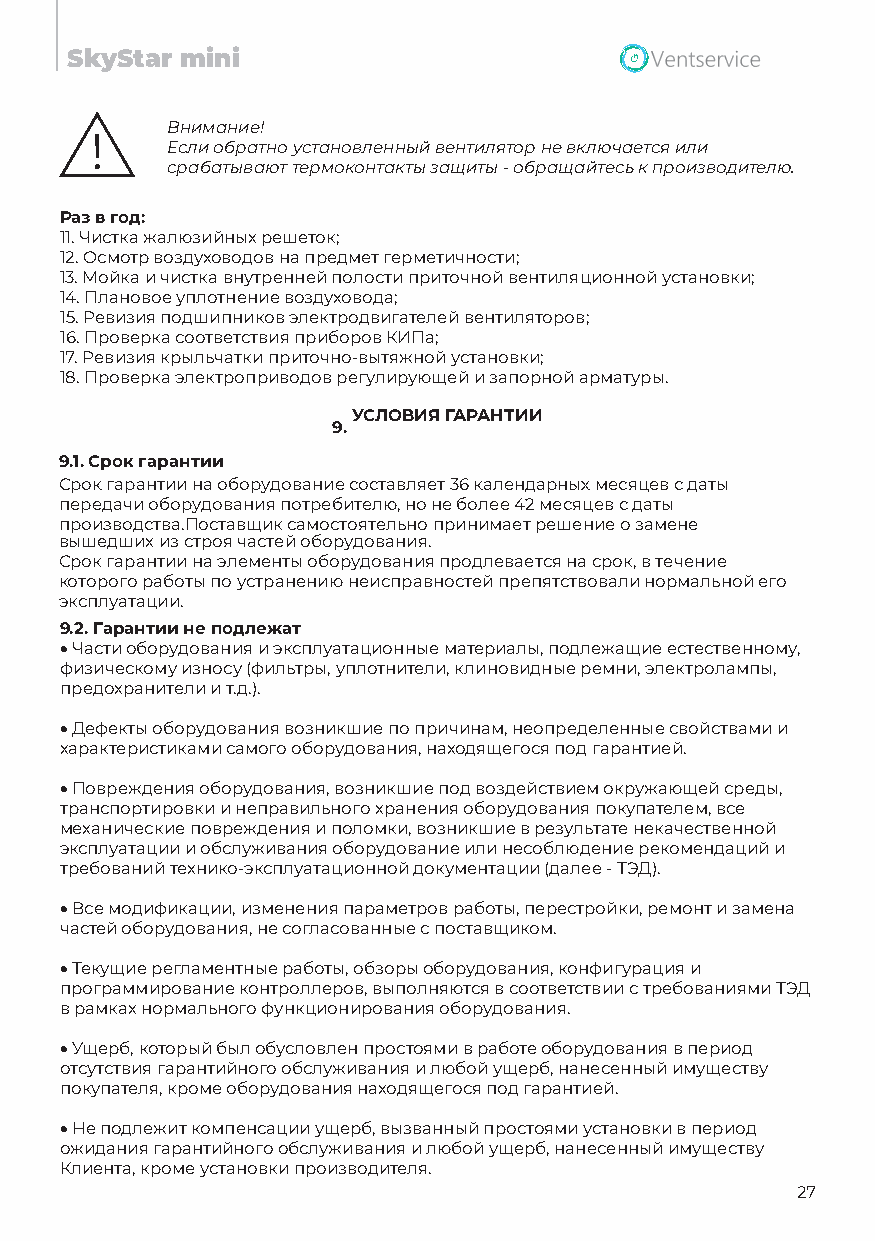
SkyStar mini
 Внимание!
 Если обратно установленный вентилятор не включается или
 срабатывают термоконтакты защиты - обращайтесь к производителю.
 Раз в год:
 11.Чистка жалюзийных решеток;
 12.Осмотр воздуховодов на предмет герметичности;
 13.Мойка и чистка внутренней полости приточной вентиляционной установки;
 14.Плановое уплотнение воздуховода;
 15.Ревизия подшипников электродвигателей вентиляторов;
 16.Проверка соответствия приборов КИПа;
 17.Ревизия крыльчатки приточно-вытяжной установки;
 18.Проверка электроприводов регулирующей и запорной арматуры.
 УСЛОВИЯ ГАРАНТИИ
 9.
 9.1. Срок гарантии
 Срок гарантии на оборудование составляет 36 календарных месяцев с даты
 передачи оборудования потребителю, но не более 42 месяцев с даты
 производства.Поставщик самостоятельно принимает решение о замене
 вышедших из строя частей оборудования.
 Срок гарантии на элементы оборудования продлевается на срок, в течение
 которого работы по устранению неисправностей препятствовали нормальной его
 эксплуатации.
 9.2. Гарантии не подлежат
 • Части оборудования и эксплуатационные материалы, подлежащие естественному,
 физическому износу (фильтры, уплотнители, клиновидные ремни, электролампы,
 предохранители и т.д.).
 •Дефекты оборудования возникшие по причинам, неопределенные свойствами и
 характеристиками самого оборудования, находящегося под гарантией.
 •Повреждения оборудования, возникшие под воздействием окружающей среды,
 транспортировки и неправильного хранения оборудования покупателем, все
 механические повреждения и поломки, возникшие в результате некачественной
 эксплуатации и обслуживания оборудование или несоблюдение рекомендаций и
 требований технико-эксплуатационной документации (далее - ТЭД).
 •Все модификации, изменения параметров работы, перестройки, ремонт и замена
 частей оборудования, не согласованные с поставщиком.
 •Текущие регламентные работы, обзоры оборудования, конфигурация и
 программирование контроллеров, выполняются в соответствии с требованиями ТЭД
 в рамках нормального функционирования оборудования.
 •Ущерб, который был обусловлен простоями в работе оборудования в период
 отсутствия гарантийного обслуживания и любой ущерб, нанесенный имуществу
 покупателя, кроме оборудования находящегося под гарантией.
 •Не подлежит компенсации ущерб, вызванный простоями установки в период
 ожидания гарантийного обслуживания и любой ущерб, нанесенный имуществу
 Клиента, кроме установки производителя.
 27